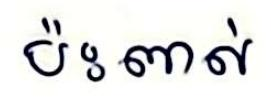
ប៉ះពាល់